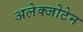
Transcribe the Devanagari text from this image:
अलेक्जोटेन